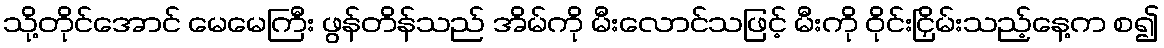
သို့တိုင်အောင် မေမေကြီး ဖွန်တိန်သည် အိမ်ကို မီးလောင်သဖြင့် မီးကို ဝိုင်းငြှိမ်းသည့်နေ့က စ၍